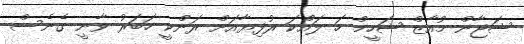
ޝަޖާން މުއާޒް ޝަހީމް ހަ ލައްކަ ރުފިޔާއަށް ރަންކީ ހަބަރު ވާނީ ގެނެސް